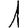
Digit: 1